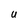
Character: U